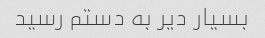
بسیار دیر به دستم رسید